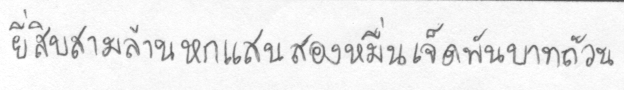
ยี่สิบสามล้านหกแสนสองหมื่นเจ็ดพันบาทถ้วน